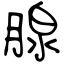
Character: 腺